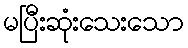
မပြီးဆုံးသေးသော